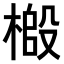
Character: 𫞌